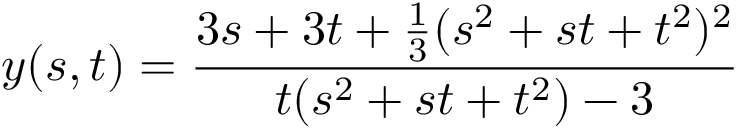
y ( s , t ) = { \frac { 3 s + 3 t + { \frac { 1 } { 3 } } ( s ^ { 2 } + s t + t ^ { 2 } ) ^ { 2 } } { t ( s ^ { 2 } + s t + t ^ { 2 } ) - 3 } }